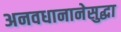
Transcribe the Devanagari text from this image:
अनवधानानेसुद्धा